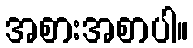
အစားအစာပါ။